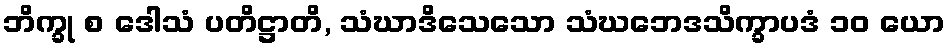
ဘိက္ခု စ ဒေါသံ ပတိဋ္ဌာတိ, သံဃာဒိသေသော သံဃဘေဒသိက္ခာပဒံ ၁၀ ယော